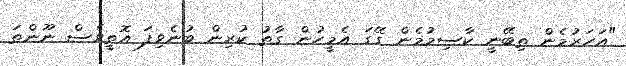
"އަހަރުމެން ތިބޭނީ ކާސިމުމެން ގޭގަ އެމީހުން ގާތު ކުރިން ބުނެވިފަ އޮތީވެސް ނޫންތަ